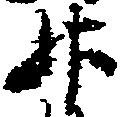
升